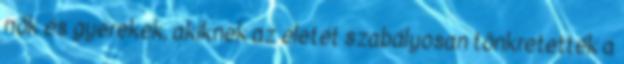
nők és gyerekek, akiknek az életét szabályosan tönkretették a